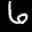
Label: 6